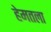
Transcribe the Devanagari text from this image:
हेमतला